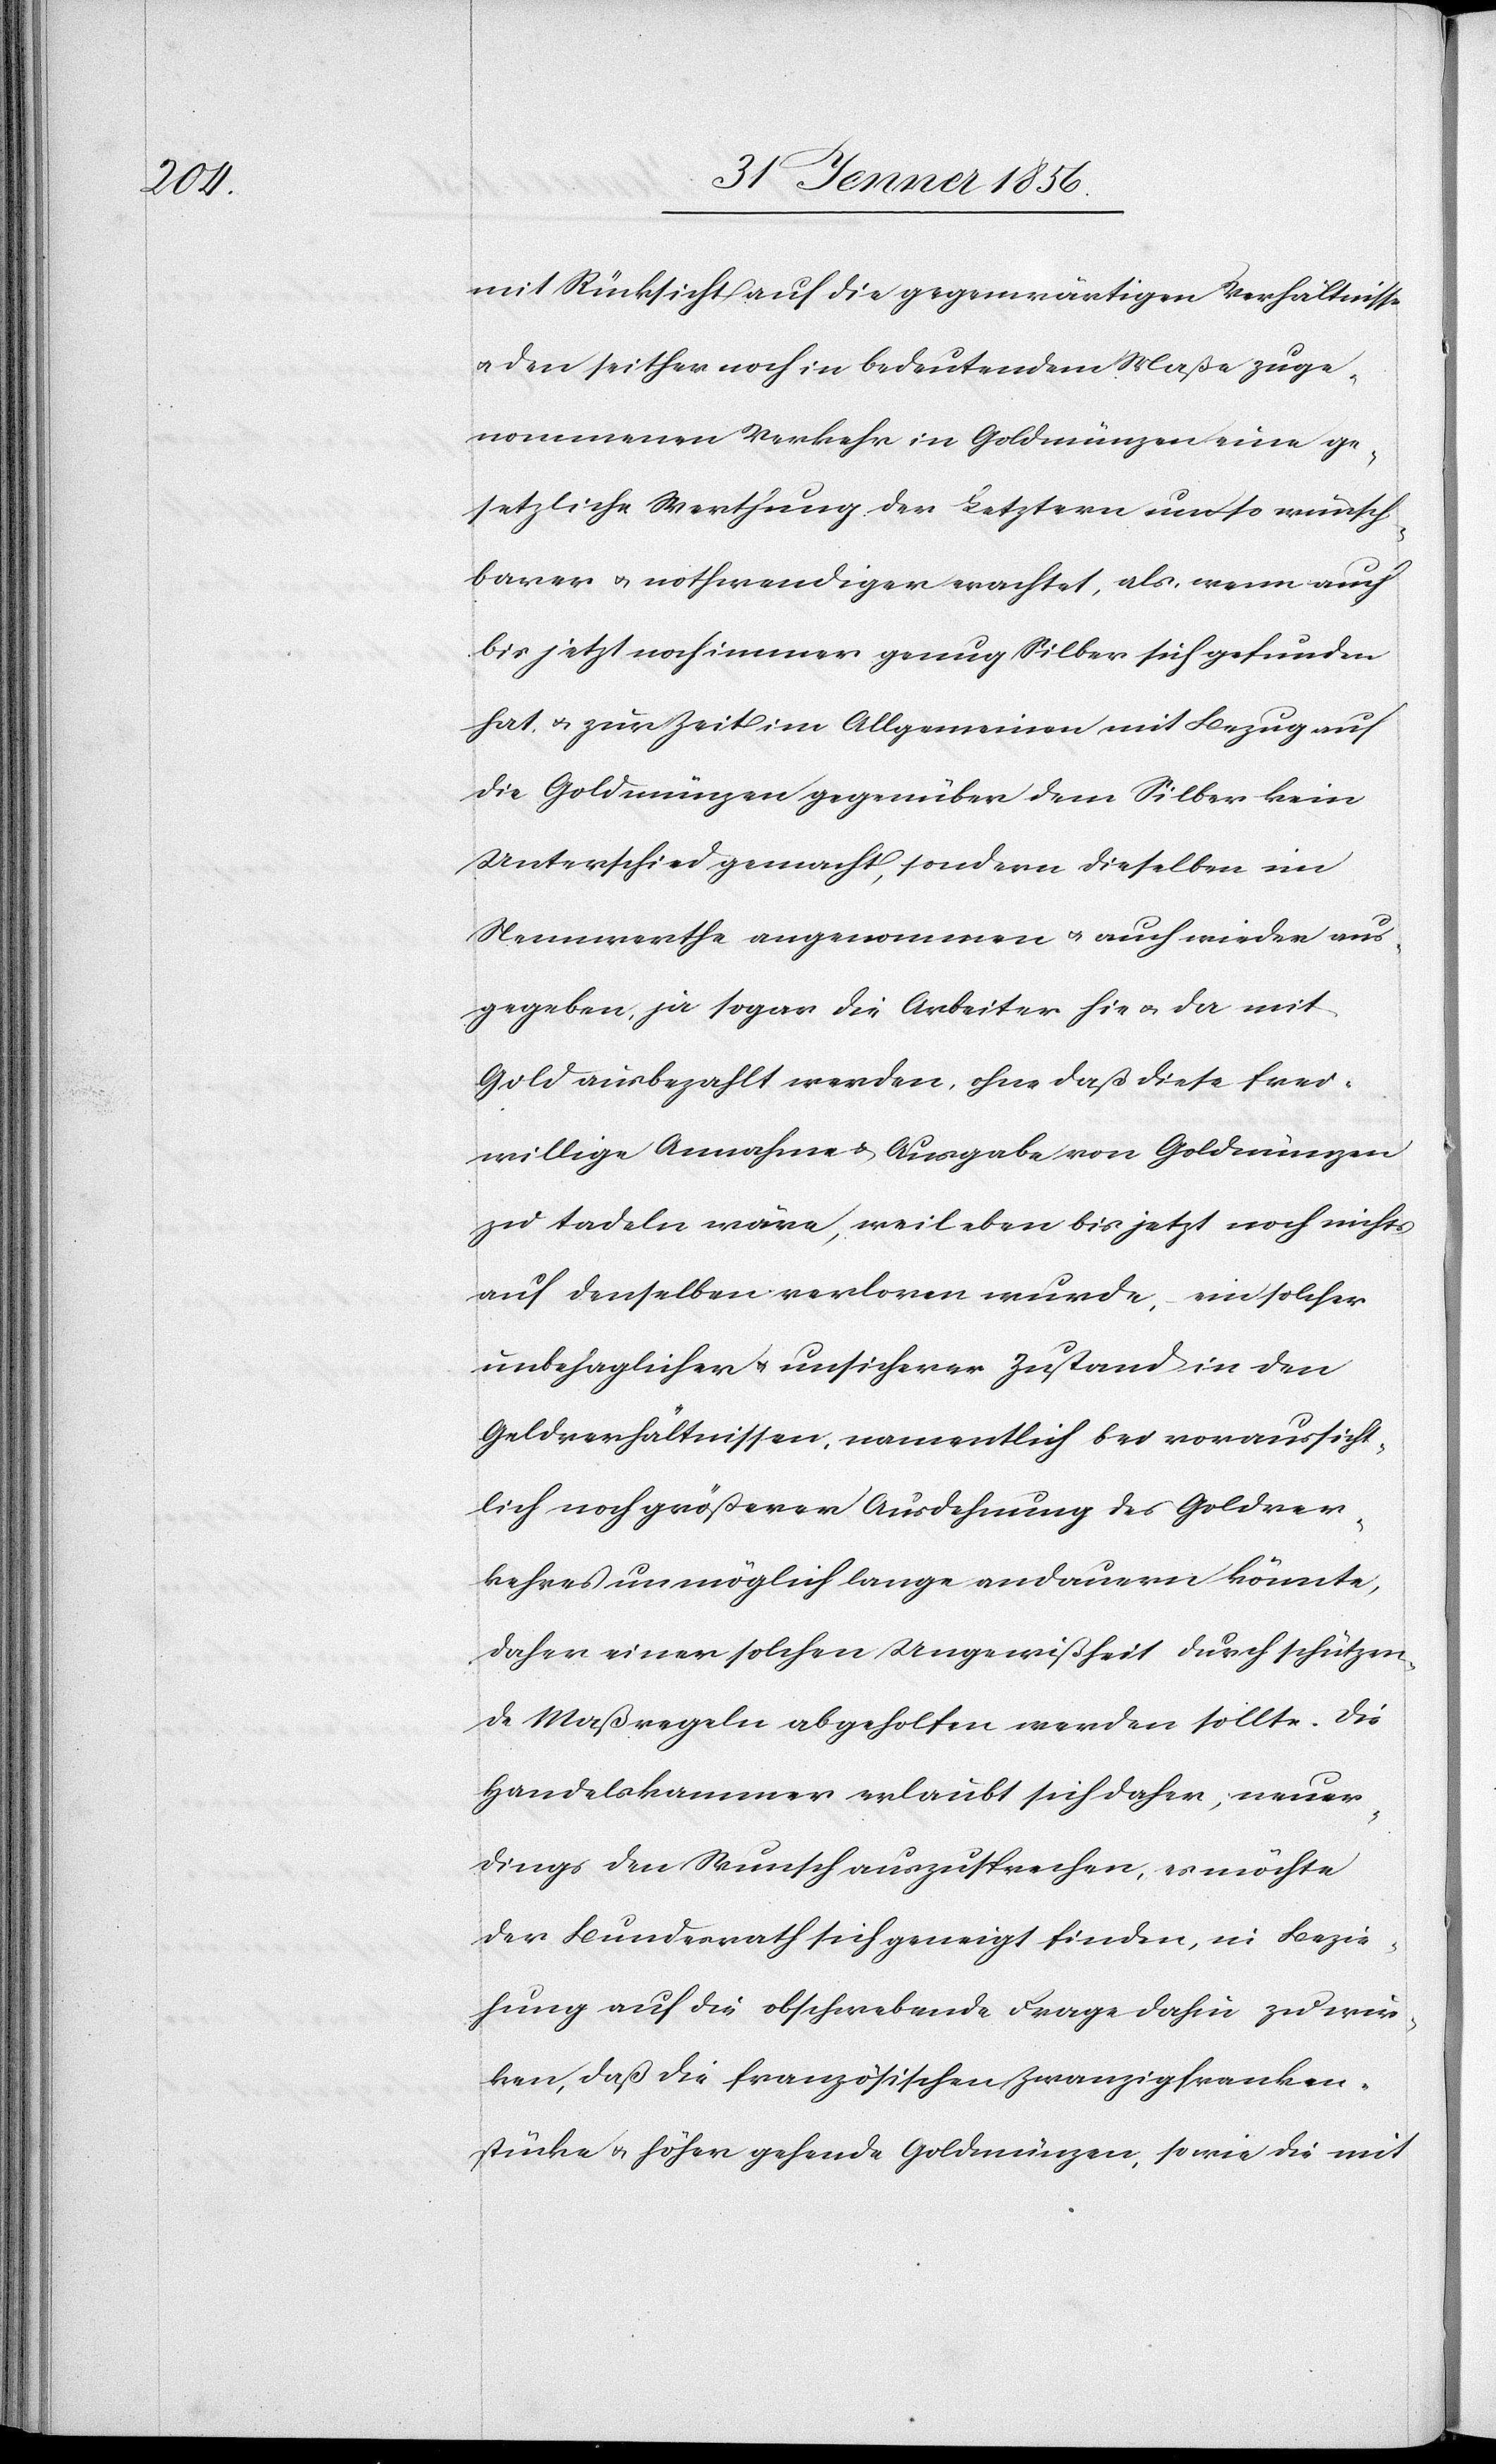
mit Rücksicht auf die gegenwärtigen Verhältnisse
u. den seither noch in bedeutendem Maße zuge¬
nommenen Verkehr in Goldmünzen eine ge¬
setzliche Werthung der Letztern umso wünsch¬
barer u. nothwendiger erachtet, als, wenn auch
bis jetzt noch immer genug Silber sich gefunden
hat, u. zur Zeit im Allgemeinen mit Bezug auf
die Goldmünzen gegenüber dem Silber kein
Unterschied gemacht, sondern dieselben im
Nennwerthe angenommen u. auch wieder aus¬
gegeben, ja sogar die Arbeiter hie u. da mit
Gold ausbezahlt werden, ohne daß diese frei¬
willige Annahme u. Ausgabe von Goldmünzen
zu tadeln wäre, weil eben bis jetzt noch nichts
auf denselben verloren wurde, ein solcher
unbehaglicher u. unsicherer Zustand in den
Goldverhältnissen, namentlich bei voraussicht¬
lich noch größerer Ausdehnung des Goldver¬
kehres unmöglich lange andauern könnte,
daher einer solchen Ungewißheit durch schützen¬
de Maßregeln abgeholfen werden sollte. Die
Handelskammer erlaubt sich daher, neuer¬
dings den Wunsch auszusprechen, es möchte
der Bundesrath sich geneigt finden, in Bezie¬
hung auf die obschwebende Frage dahin zu wir¬
ken, daß die französischen Zwanzigfranken¬
stücke u. höher gehende Goldmünzen, sowie die mit